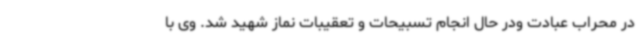
در محراب عبادت ودر حال انجام تسبیحات و تعقیبات نماز شهید شد. وی با